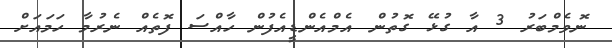
ނޮވެމްބަރު 3 އާ ގުޅޭ ގޮތުން އެމްއެންޑީއެފުން ހާއްސަ ފޮތެއް ނެރުމާ ހަމައަށް